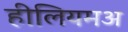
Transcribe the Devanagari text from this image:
हीलियमअ